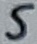
Text: 5